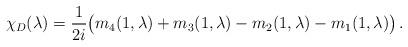
LaTeX: \begin{align*}\chi_D(\lambda)= \frac{1}{2i}\big(m_4(1,\lambda)+m_3(1,\lambda)-m_2(1,\lambda)-m_1(1,\lambda)\big) \, .\end{align*}